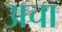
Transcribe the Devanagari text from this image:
अचा